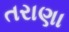
તરાણા